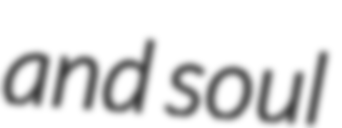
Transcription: and soul